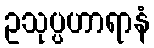
ဥသုပ္ပဟာရာနံ